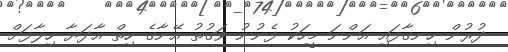
ދުރުން ހިނގާފައި އަންނަ މީހަކު ފެނުނު ވަގުތު އޭނާގެ ހިތް އާދަޔާ ހިލާފަށް